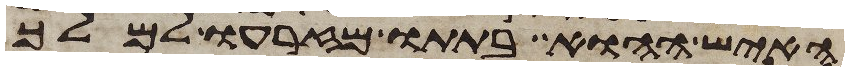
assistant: האיש ההוא בתתו מזרעו למלך